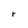
Character: r